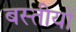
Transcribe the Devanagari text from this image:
बस्तीयों